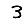
Digit: 3